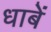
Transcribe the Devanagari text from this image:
धाबें